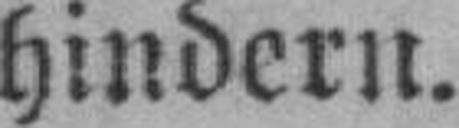
hindern.